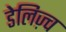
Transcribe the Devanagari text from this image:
डेलिज़्च